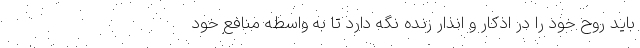
باید روح خود را در اذکار و انذار زنده نگه دارد تا به واسطه منافع خود